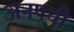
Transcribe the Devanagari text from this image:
अनपची